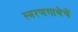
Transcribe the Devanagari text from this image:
स्मरणगाथेचे